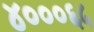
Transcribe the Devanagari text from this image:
४०००६५